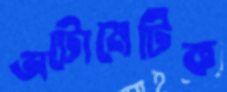
অটোমেটিক